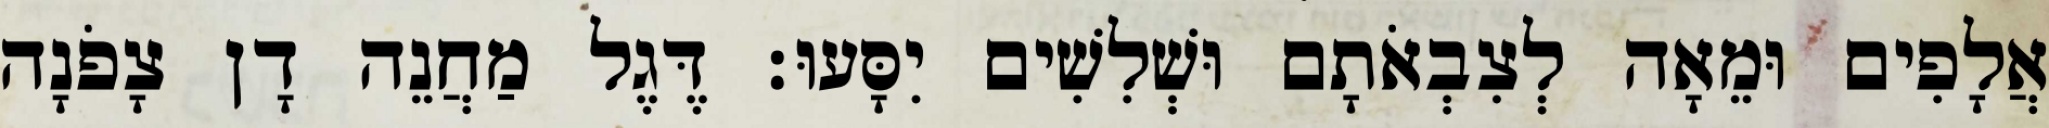
אֲלָפִים וּמֵאָה לְצִבְאֹתָם וּשְׁלִשִׁים יִסָּעוּ׃ דֶּגֶל מַחֲנֵה דָן צָפֹנָה